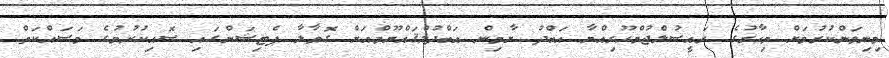
މިނިވަންކުރުމަށް މިހާރުގެ ރައީސުލްޖުމްހޫރިއްޔާ އަބްދު ޔާމިން އަބްދުލްޤައްޔޫމްއަށް ގޮވާލާ ޕެޓިޝަންގައި ސޮއިކުރުމުގެ މަސައްކަތް